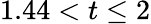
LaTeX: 1.44<t\le 2